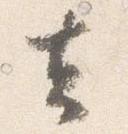
去